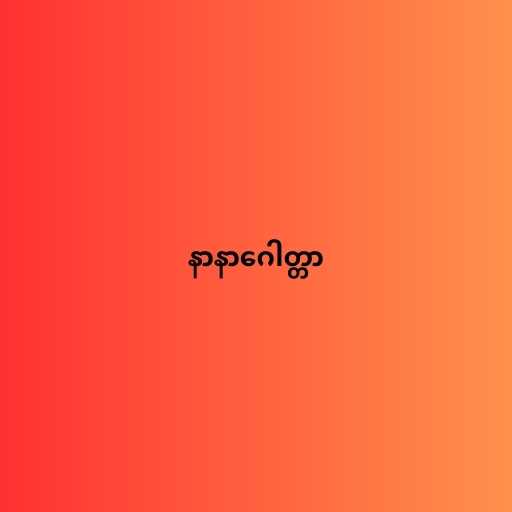
နာနာဂေါတ္တာ